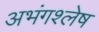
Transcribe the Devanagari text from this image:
अभंगश्लेष